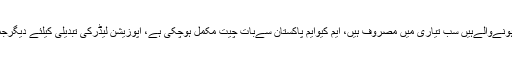
انھوں نے کہا کہ جلد انتخابات ہونےوالےہیں سب تیاری میں مصروف ہیں، ایم کیوایم پاکستان سےبات چیت مکمل ہوچکی ہے، اپوزیشن لیڈرکی تبدیلی کیلئے دیگرجماعتوں سے رابطے جاری ہیں۔